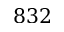
8 3 2